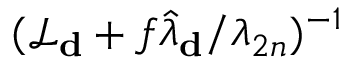
( \mathcal { L } _ { \bf d } + f \hat { \lambda } _ { \bf d } / \lambda _ { 2 n } ) ^ { - 1 }